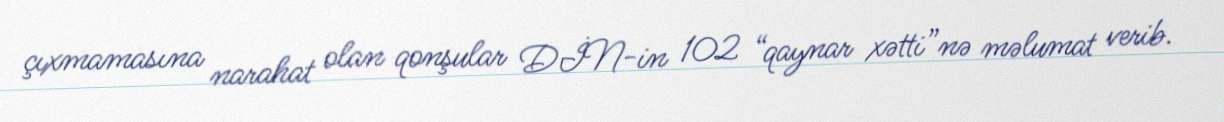
çıxmamasına narahat olan qonşular DİN-in 102 “qaynar xətti”nə məlumat verib.